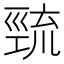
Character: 巰